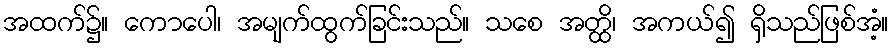
အထက်၌။ ကောပေါ၊ အမျက်ထွက်ခြင်းသည်။ သစေ အတ္ထိ၊ အကယ်၍ ရှိသည်ဖြစ်အံ့။